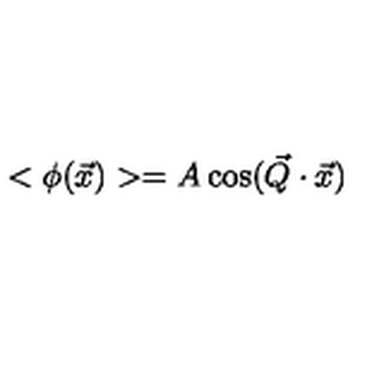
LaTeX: < \phi ( \vec { x } ) > = A \cos ( \vec { Q } \cdot \vec { x } )